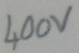
Text: 400V